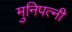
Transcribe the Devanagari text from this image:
मुनिपत्‍नी